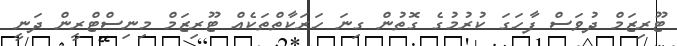
ޓޫރިޒަމް ދުވަސް ފާހަގަ ކުރުމުގެ ގޮތުން ގިނަ ހަރަކާތްތަކެއް ޓޫރިޒަމް މިނިސްޓްރީން ދަނީ